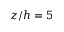
z / h = 5